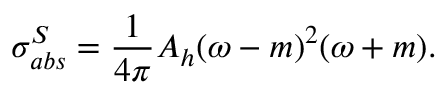
\sigma _ { a b s } ^ { S } = \frac { 1 } { 4 \pi } A _ { h } ( \omega - m ) ^ { 2 } ( \omega + m ) .